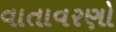
વાતાવરણો